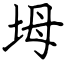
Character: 坶